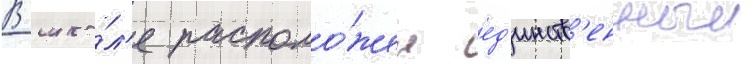
В шко́л'е располо́жен ед'инств'енныи